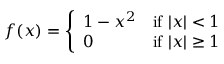
f ( x ) = { \left\{ \begin{array} { l l } { 1 - x ^ { 2 } } & { { \mathrm { i f ~ } } | x | < 1 } \\ { 0 } & { { \mathrm { i f ~ } } | x | \geq 1 } \end{array} \right. }